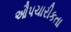
ઔપચારીકતા